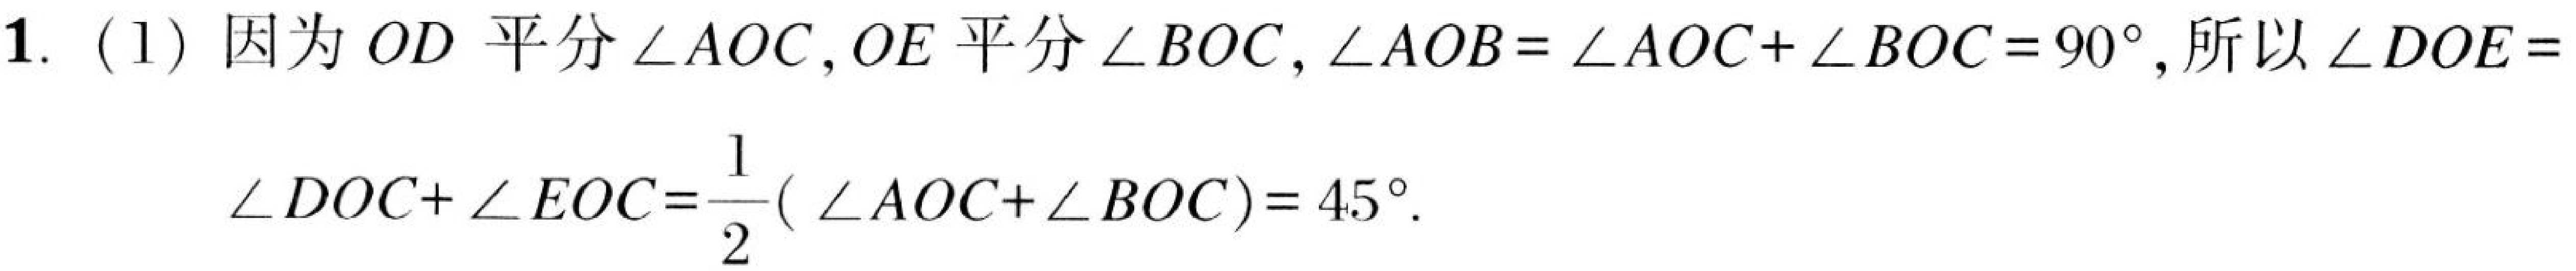
1. (1) 因为 \(OD\) 平分 \(\angle AOC\)，\(OE\) 平分 \(\angle BOC\)，\(\angle AOB=\angle AOC + \angle BOC = 90^{\circ}\)，所以 \(\angle DOE=\)
\(\angle DOC+\angle EOC=\dfrac{1}{2}(\angle AOC + \angle BOC)=45^{\circ}\).